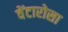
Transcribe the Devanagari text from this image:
वेंटारोसा